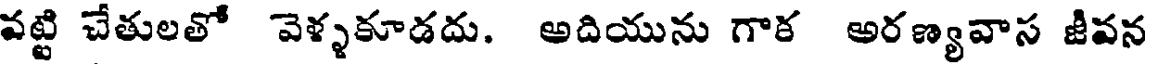
వట్టి చేతులతో వెళ్ళకూడదు. అదియును గాక అరణ్యవాస జీవన